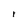
Character: 1